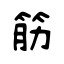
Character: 筋